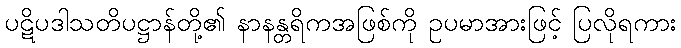
ပဋိပဒါသတိပဋ္ဌာန်တို့၏ နာနန္တရိကအဖြစ်ကို ဥပမာအားဖြင့် ပြလိုရကား